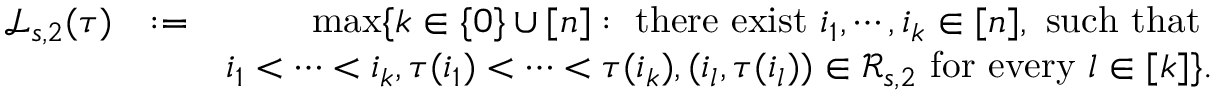
\begin{array} { r l r } { \mathcal { L } _ { s , 2 } ( \tau ) } & { : = } & { \operatorname* { m a x } \{ k \in \{ 0 \} \cup [ n ] : \mathrm { ~ t h e r e ~ e x i s t ~ } i _ { 1 } , \cdots , i _ { k } \in [ n ] , \mathrm { ~ s u c h ~ t h a t ~ } } \\ & { } & { i _ { 1 } < \cdots < i _ { k } , \tau ( i _ { 1 } ) < \cdots < \tau ( i _ { k } ) , ( i _ { l } , \tau ( i _ { l } ) ) \in \mathcal { R } _ { s , 2 } \mathrm { ~ f o r ~ e v e r y ~ } l \in [ k ] \} . } \\ & { } & \end{array}